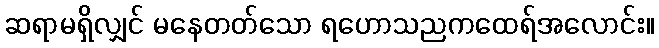
ဆရာမရှိလျှင် မနေတတ်သော ရဟောသညကထေရ်အလောင်း။